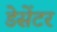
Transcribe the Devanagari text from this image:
डेसेंटर